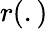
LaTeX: r(.)